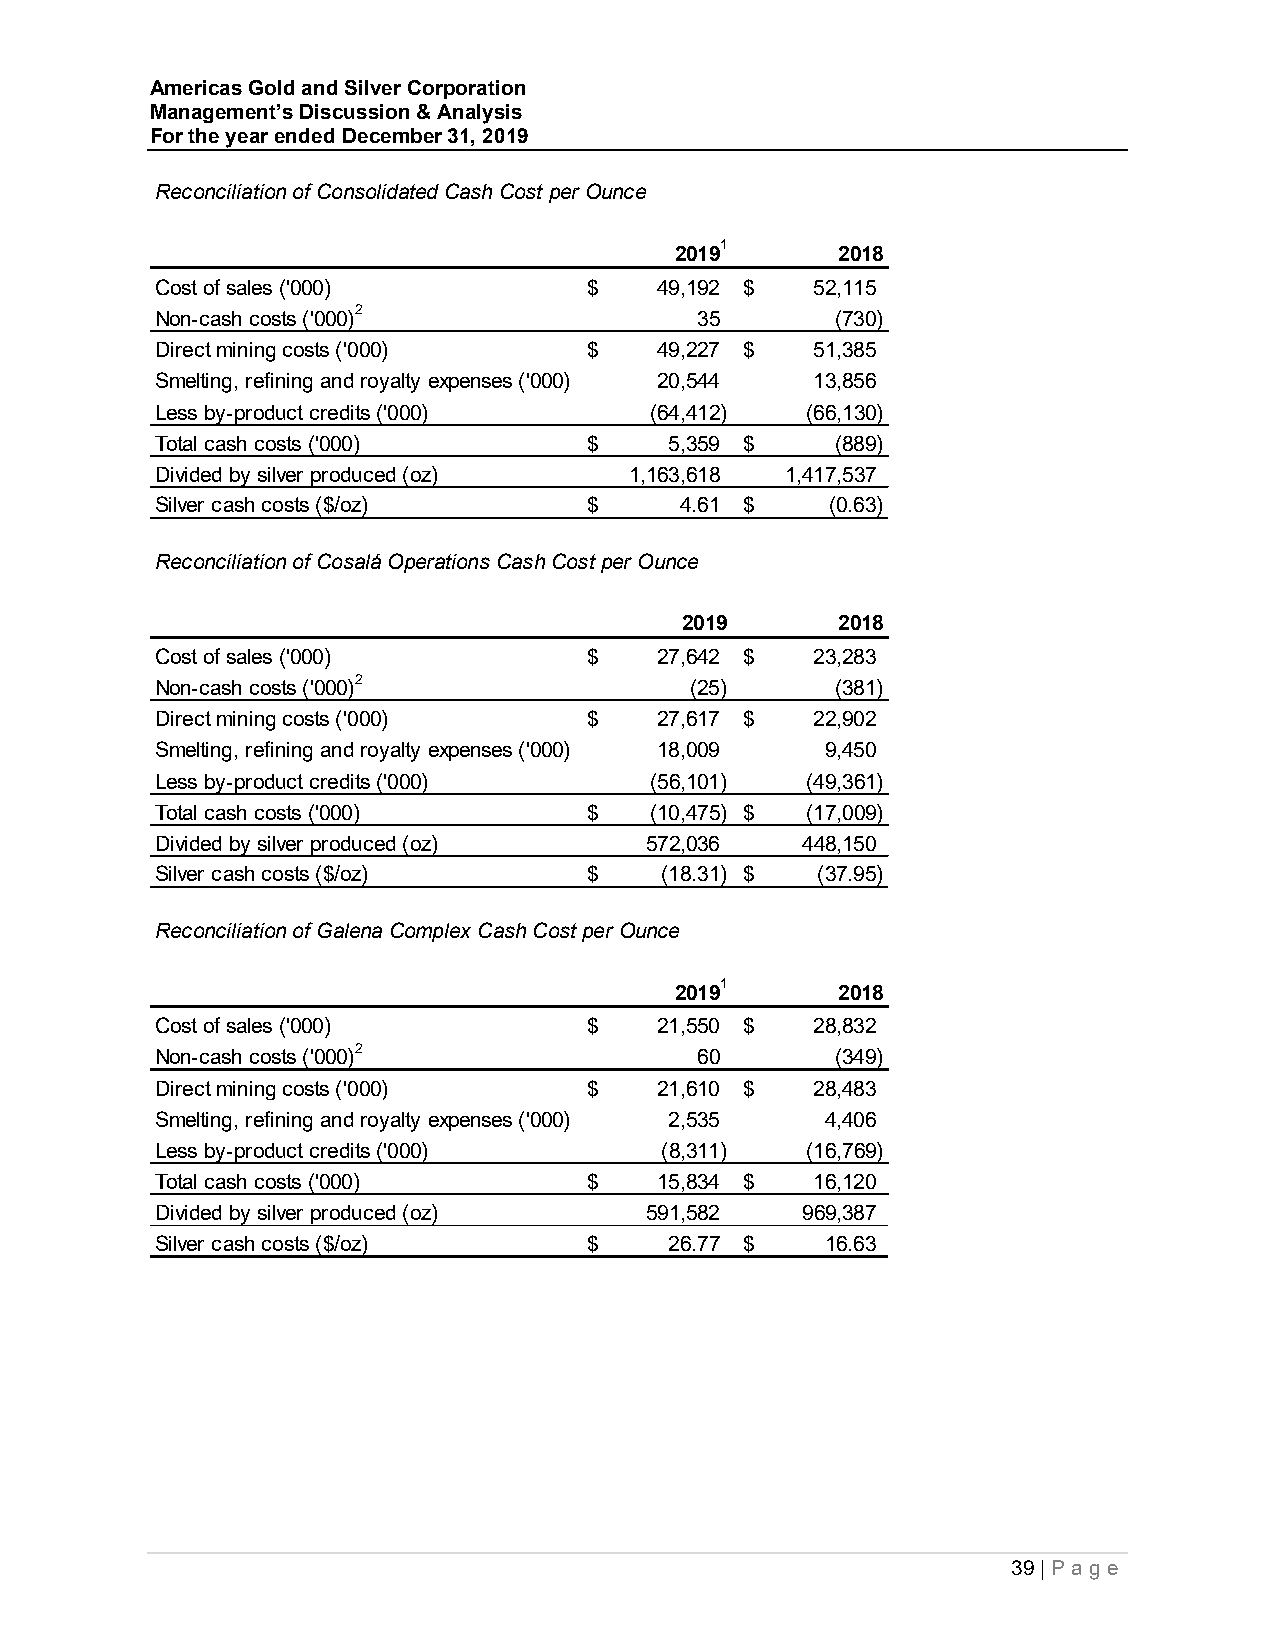
Americas Gold and Silver Corporation
 Management’s Discussion & Analysis
 For the year ended December 31, 2019
 Reconciliation of Consolidated Cash Cost per Ounce
 20191      2018
 Cost of sales ('000)         $    49,192 $  52,115
 Non-cash costs ('000)2              35       (730)
 Direct mining costs ('000)   $    49,227 $  51,385
 Smelting, refining and royalty expenses ('000) 20,544 13,856
 Less by-product credits ('000)   ( 64,412) ( 66,130)
 Total cash costs ('000)      $    5,359 $    (889)
 Divided by silver produced (oz) 1,163,618 1,417,537
 Silver cash costs ($/oz)     $     4.61 $    (0.63)
 Reconciliation of Cosalá Operations Cash Cost per Ounce
 2019       2018
 Cost of sales ('000)         $    27,642 $  23,283
 Non-cash costs ('000)2              (25)     (381)
 Direct mining costs ('000)   $    27,617 $  22,902
 Smelting, refining and royalty expenses ('000) 18,009 9 ,450
 Less by-product credits ('000)   (56,101)  ( 49,361)
 Total cash costs ('000)      $   (10,475) $ (17,009)
 Divided by silver produced (oz)  572,036   448,150
 Silver cash costs ($/oz)     $    (18.31) $ (37.95)
 Reconciliation of Galena Complex Cash Cost per Ounce
 20191      2018
 Cost of sales ('000)         $    21,550 $  28,832
 Non-cash costs ('000)2              60       (349)
 Direct mining costs ('000)   $    21,610 $  28,483
 Smelting, refining and royalty expenses ('000) 2 ,535 4 ,406
 Less by-product credits ('000)    (8,311)  ( 16,769)
 Total cash costs ('000)      $    15,834 $  16,120
 Divided by silver produced (oz)  591,582   969,387
 Silver cash costs ($/oz)     $    26.77 $    16.63
 39 | P ag e